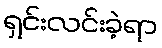
ရှင်းလင်းခဲ့ရာ